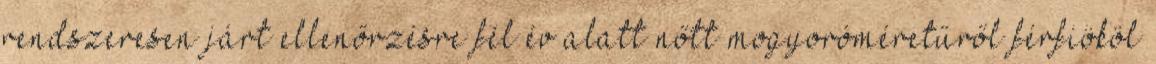
rendszeresen járt ellenőrzésre fél év alatt nőtt mogyoróméretűről férfiököl